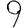
Digit: 9